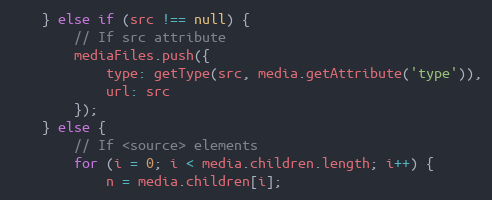
Language: JavaScript
	} else if (src !== null) {
		// If src attribute
		mediaFiles.push({
			type: getType(src, media.getAttribute('type')),
			url: src
		});
	} else {
		// If <source> elements
		for (i = 0; i < media.children.length; i++) {
			n = media.children[i];